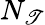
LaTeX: N_{\mathscr{T}}